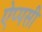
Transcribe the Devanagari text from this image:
ऐप्पसी